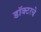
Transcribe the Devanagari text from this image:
डॉक्टरचे